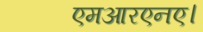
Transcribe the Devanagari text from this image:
एमआरएनए।